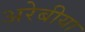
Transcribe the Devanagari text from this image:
अरेबीया